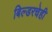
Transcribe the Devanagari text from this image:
बिल्डरचेही